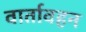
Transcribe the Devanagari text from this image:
वार्तावहन